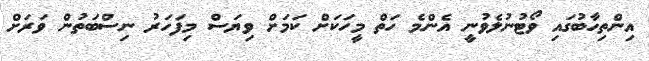
އިންތިހާބުގައި ވޯޓުނުލެވުނީ އެންމެ ހަތް މީހަކަށް ކަމަށް ވިޔަސް މިފަހަރު ނިސްބަތުން ވަރަށް